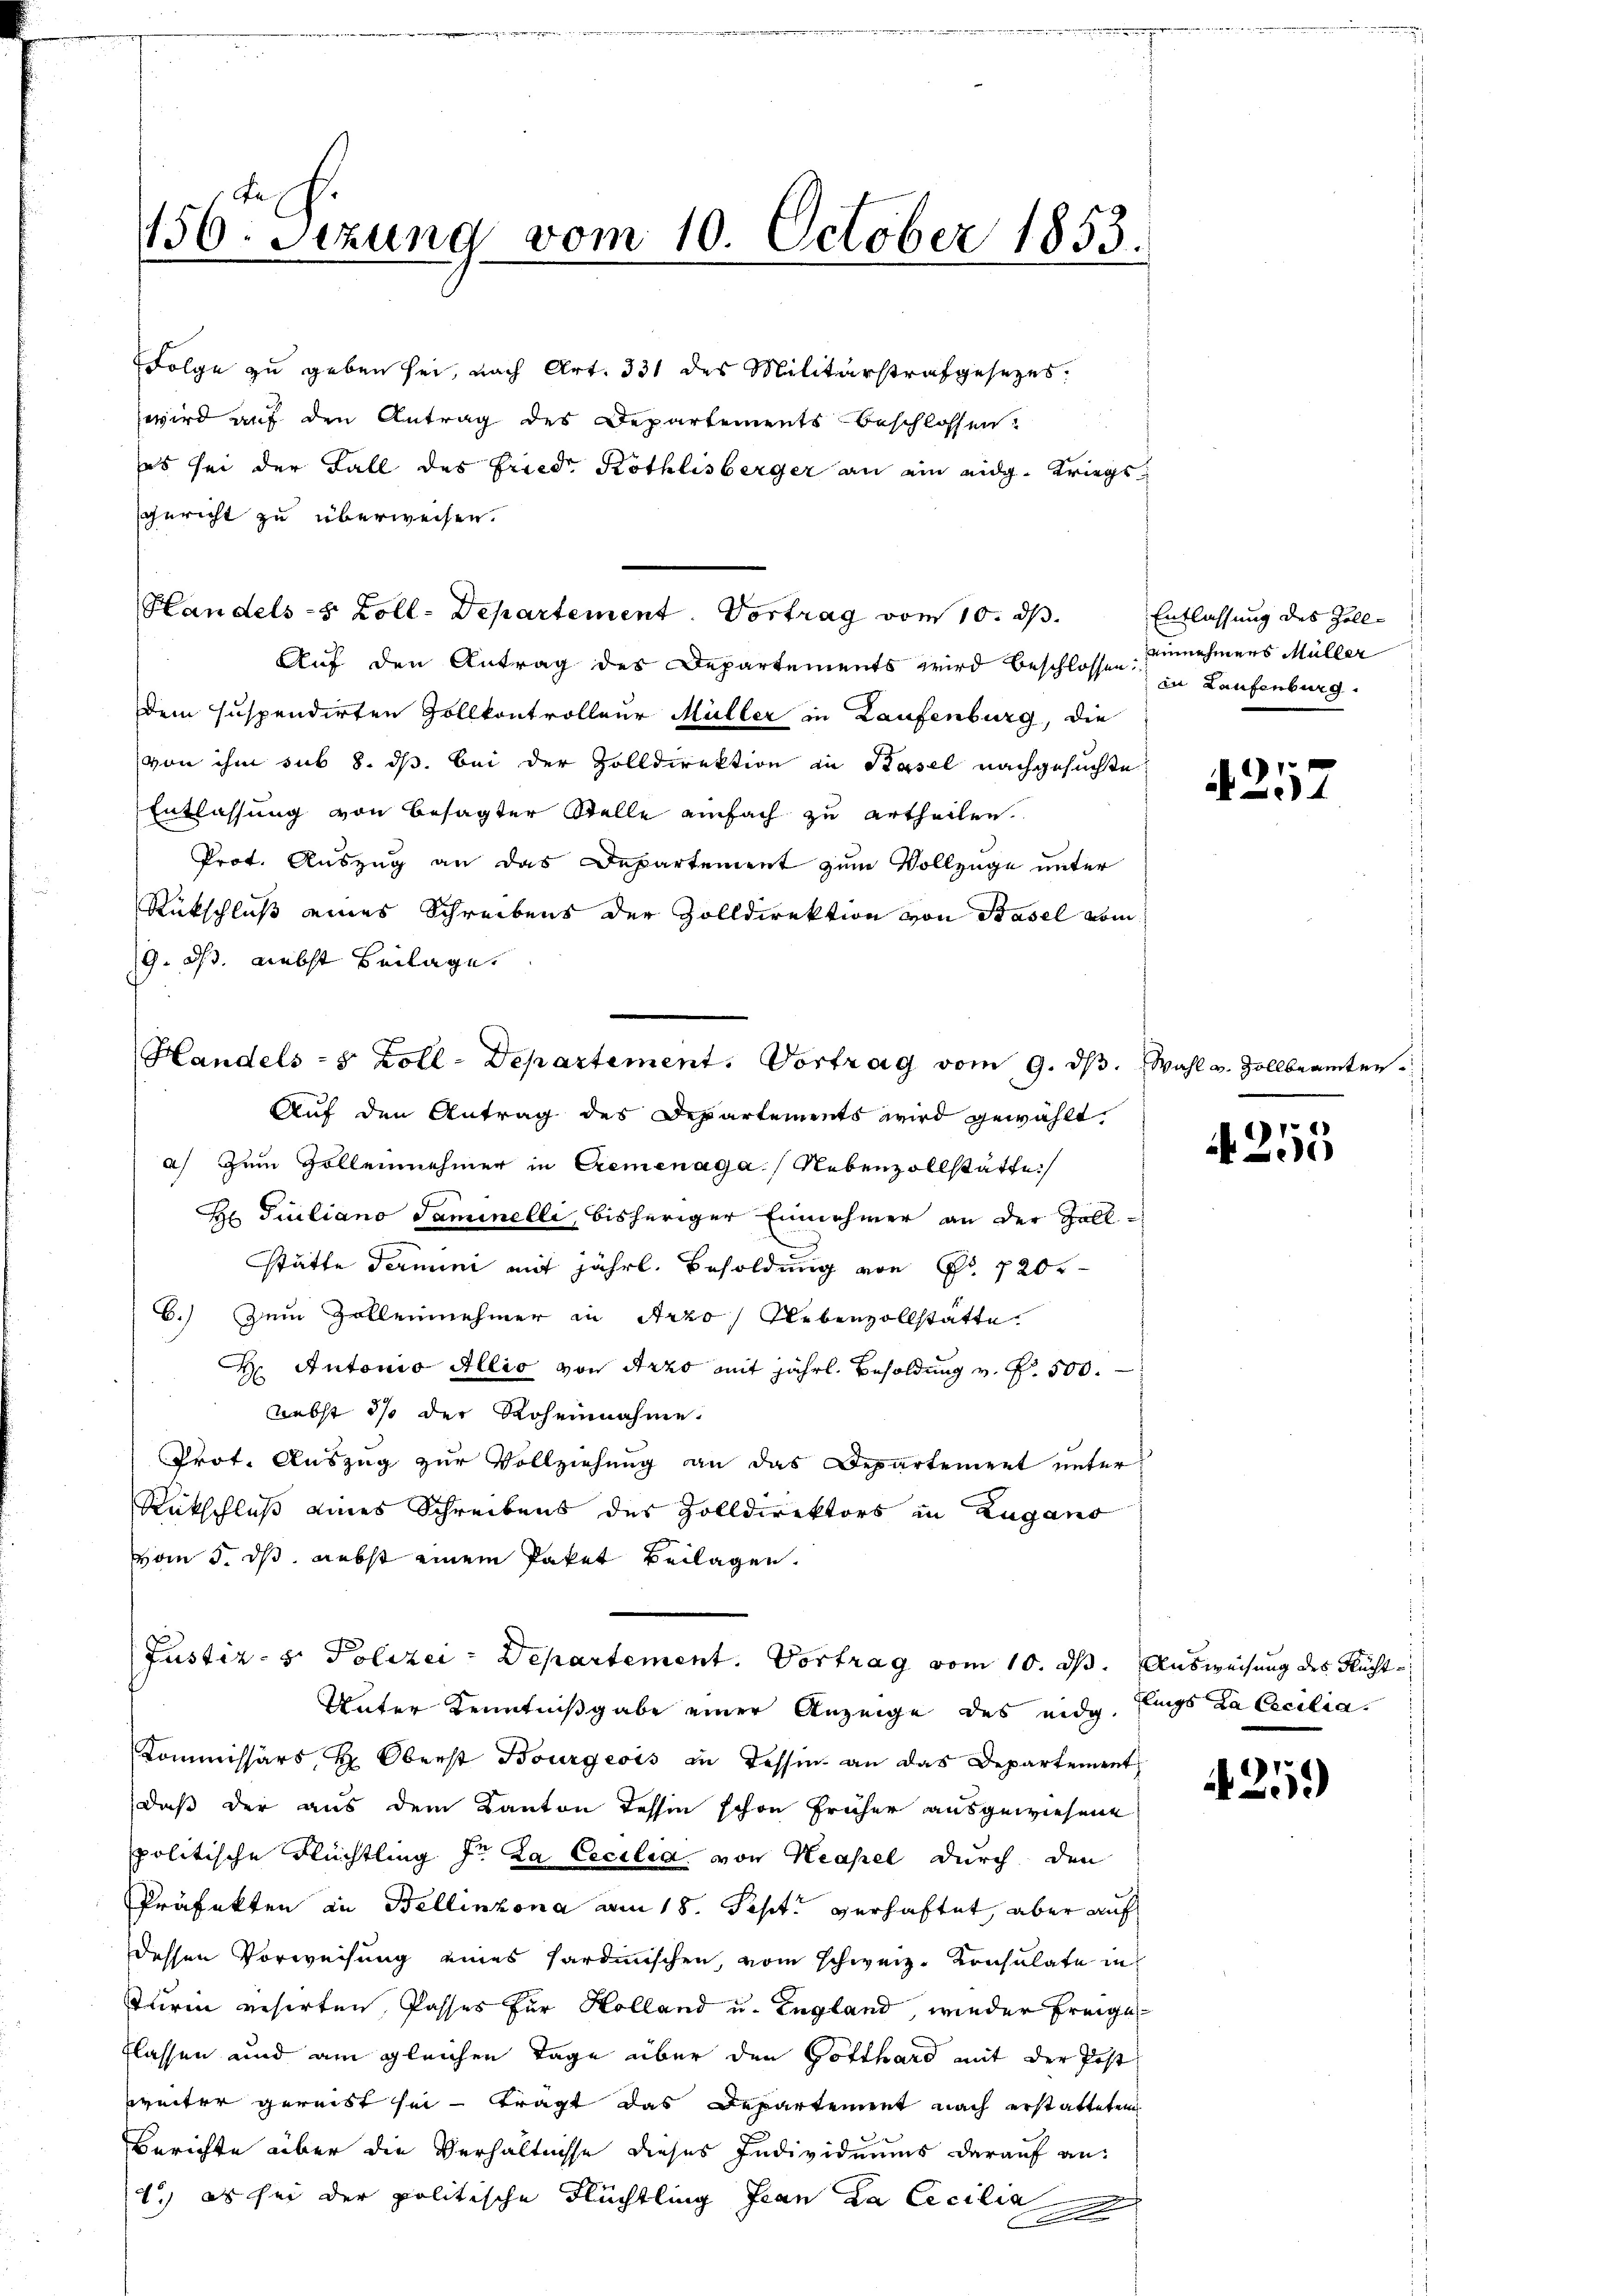
Folge zu geben sei, nach Art. 331 des Militärstrafgesetzes.
wird auf den Antrag des Departementsbeschlossen.
es sei der Fall des Fried Köthlisberger an ein eidg. Kriegssgericht zu überweisen.
Auf den Antrag des Departements wird beschlossen in Laufenburg
dem suspendirten Zollkontrolleur Müller in Laufenburg, die
von ihm sub 8. ds. bei der Zolldirektion in Basel nachgesuchte
Entlassung von besagter Stelle einfach zu ertheilen.
Prot. Auszug an das Departement zum Vollzüge unter
Rückschluß eines Schreibens der Zolldirektion von Basel vom
19. d. Liebst Beilage
Auf den Antrag des Departements wird gewählt,
a) Zum Zollennehmer in Cremenaga Nebenzollstätte
H Giuliano Saminelli, bisheriger Einnehmer an der Zoll-
stätte Termini mit jährl. Besoldung von Fr. 720.
6.) Zum Zollennehmer in Arzo) Nebenzollstätte.
H Autonio Allio von Arzo mit jährl. Besoldung v. P. 500.
nebst ds der Roheinnahme.
Prot. Auszug zur Vollziehung an das Departement unter
Rückschluß eines Schreibens des Zolldirektors in Zugano
vom 5. ds. nebst einem Paket Beilagen.
Justiz- & Polizei - Departement. Vortrag vom 10. ds. Ausweisung des Flücht¬
Unter Kenntnißgabe einer Anzeige des eidg. Eings Ra Cecilia¬
Kommissärs, H. Oberst Bourgeois in Tessin an das Departement
daß der aus dem Kanton Tessin schon früher ausgewiesene
politische Flüchtling Hr. La Cecilia, von Neapel durch den
Präfekten in Bellinzona am 18. Sept. verhaftet, aber auf
dessen Vorweisung eines Sardinischen, vom schweiz. Konsulate in
Turin reserten, Passes für Kolland u. England, wieder Freige
flassen und ain gleichen Tage über den Gotthard mit der Post
weiter gereist sei – tragt das Departement nach erstatteten
Berichte über die Verhältnisse dieses Individuums darauf an:
1) es sei der politische Flüchtling Jean da Cecilia

.
156. Setzung vom 10. October 1853.

Handels-8 Zoll-Departement. Vortrag vom 10. d.

Handels- & Zoll-Departement. Vortrag vom 9. dβ. Wahl u. Zollbeamten.

Entlassung des Zolleinnehmers Müller

4257

A 255

425.